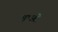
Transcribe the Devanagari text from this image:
ग्राओ